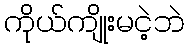
ကိုယ်ကျိုးမငဲ့ဘဲ